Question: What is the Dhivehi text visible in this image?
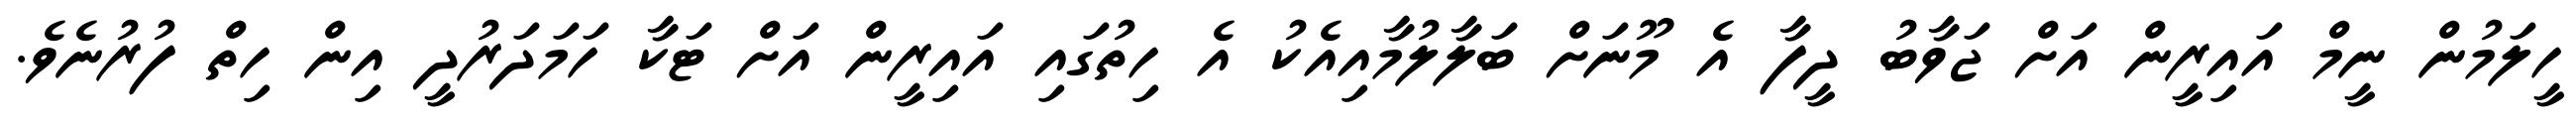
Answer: ހީލަމުން ނީމް އައިރީން އަށް ޖަވާބު ދީފާ އެ މޫނަށް ބަލާލުމާއިއެކު އެ ހިތުގައި އައިރީން އަށް ޓަކާ ހަމަދަރުދީ އިން ހިތް ފުރުނެވެ.